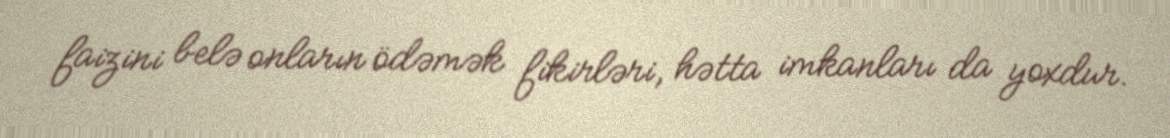
faizini belə onların ödəmək fikirləri, hətta imkanları da yoxdur.